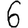
Digit: 6